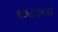
છટકતા